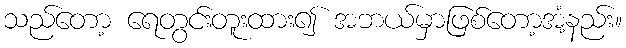
သည်တော့ ရေတွင်းတူးထား၍ အဘယ်မှာဖြစ်တော့အံ့နည်း။